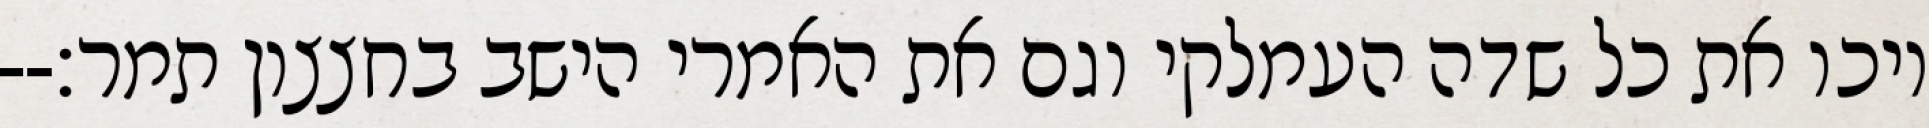
ויכו את כל שדה העמלקי וגם את האמרי הישב בחצצון תמר׃--